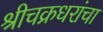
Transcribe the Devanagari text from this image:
श्रीचक्रधरांचा